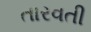
તારવતી